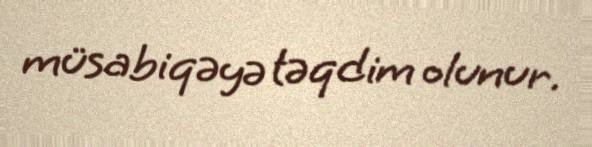
müsabiqəyə təqdim olunur.